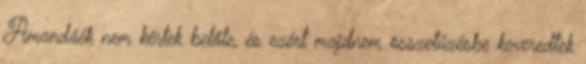
Amandáék nem kértek belőle, és ezért majdnem összetűzésbe keveredtek